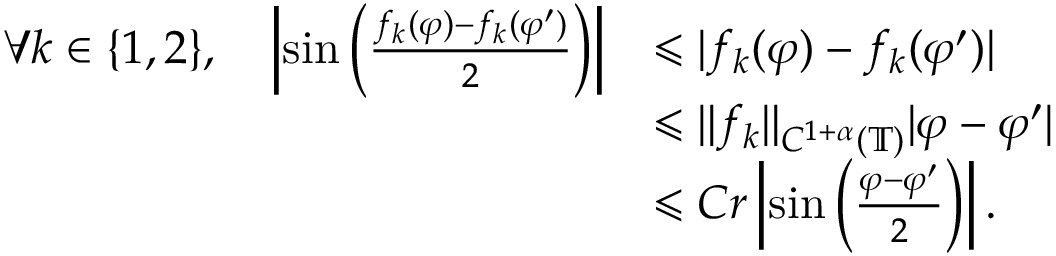
\begin{array} { r l } { \forall k \in \{ 1 , 2 \} , \quad \left| \sin \left( \frac { f _ { k } ( \varphi ) - f _ { k } ( \varphi ^ { \prime } ) } { 2 } \right) \right| } & { \leqslant | f _ { k } ( \varphi ) - f _ { k } ( \varphi ^ { \prime } ) | } \\ & { \leqslant \| f _ { k } \| _ { C ^ { 1 + \alpha } ( \mathbb { T } ) } | \varphi - \varphi ^ { \prime } | } \\ & { \leqslant C r \left| \sin \left( \frac { \varphi - \varphi ^ { \prime } } { 2 } \right) \right| . } \end{array}